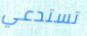
تستدعي